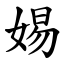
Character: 㛫